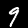
Label: 9